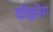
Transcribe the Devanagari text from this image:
कोइनेग